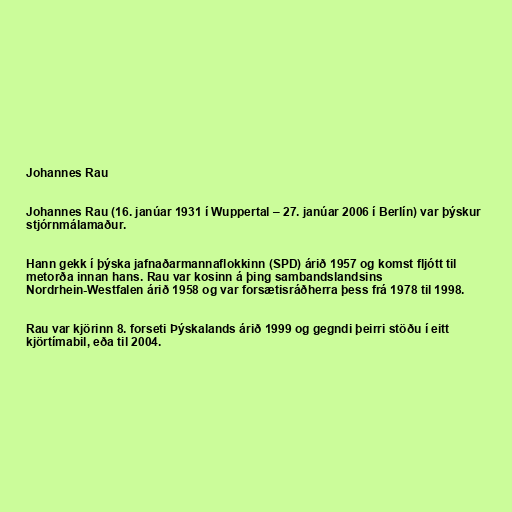
Johannes Rau

Johannes Rau (16. janúar 1931 í Wuppertal – 27. janúar 2006 í Berlín) var þýskur
stjórnmálamaður.

Hann gekk í þýska jafnaðarmannaflokkinn (SPD) árið 1957 og komst fljótt til
metorða innan hans. Rau var kosinn á þing sambandslandsins
Nordrhein-Westfalen árið 1958 og var forsætisráðherra þess frá 1978 til 1998.

Rau var kjörinn 8. forseti Þýskalands árið 1999 og gegndi þeirri stöðu í eitt
kjörtímabil, eða til 2004.